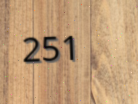
251